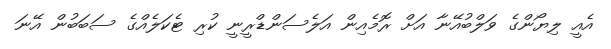
އެއީ ލިޔޯންގެ ވަލްބުއޭނާ އަށް ރޮމެއިން އަލެސަންޑްރީނީ ކުރި ޓެކަލެއްގެ ސަބަބުން އޭނަ